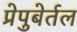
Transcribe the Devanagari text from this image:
प्रेपुबेर्तल